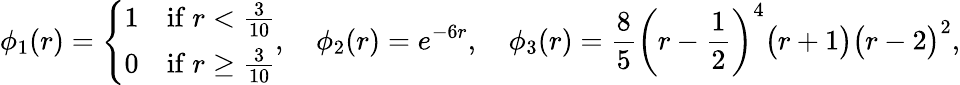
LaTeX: \phi_{1}(r)=\left\{ \begin{array}{ll}{1}&{\mathrm{if~}r<\frac{3}{10}}\\ {0}&{\mathrm{if~}r\geq\frac{3}{10}}\end{array}\right.,\quad\phi_{2}(r)=e^{-6r},\quad\phi_{3}(r)=\frac{8}{5}\bigg(r-\frac{1}{2}\bigg)^{4}\big(r+1\big)\big(r-2\big)^{2},